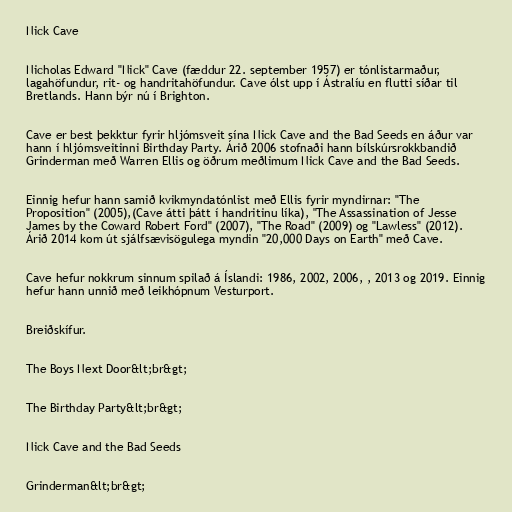
Nick Cave

Nicholas Edward "Nick" Cave (fæddur 22. september 1957) er tónlistarmaður,
lagahöfundur, rit- og handritahöfundur. Cave ólst upp í Ástralíu en flutti síðar til
Bretlands. Hann býr nú í Brighton.

Cave er best þekktur fyrir hljómsveit sína Nick Cave and the Bad Seeds en áður var
hann í hljómsveitinni Birthday Party. Árið 2006 stofnaði hann bílskúrsrokkbandið
Grinderman með Warren Ellis og öðrum meðlimum Nick Cave and the Bad Seeds.

Einnig hefur hann samið kvikmyndatónlist með Ellis fyrir myndirnar: "The
Proposition" (2005),(Cave átti þátt í handritinu líka), "The Assassination of Jesse
James by the Coward Robert Ford" (2007), "The Road" (2009) og "Lawless" (2012).
Árið 2014 kom út sjálfsævisögulega myndin "20,000 Days on Earth" með Cave.

Cave hefur nokkrum sinnum spilað á Íslandi: 1986, 2002, 2006, , 2013 og 2019. Einnig
hefur hann unnið með leikhópnum Vesturport.

Breiðskífur.

The Boys Next Door&lt;br&gt;

The Birthday Party&lt;br&gt;

Nick Cave and the Bad Seeds

Grinderman&lt;br&gt;